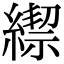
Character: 𦄜